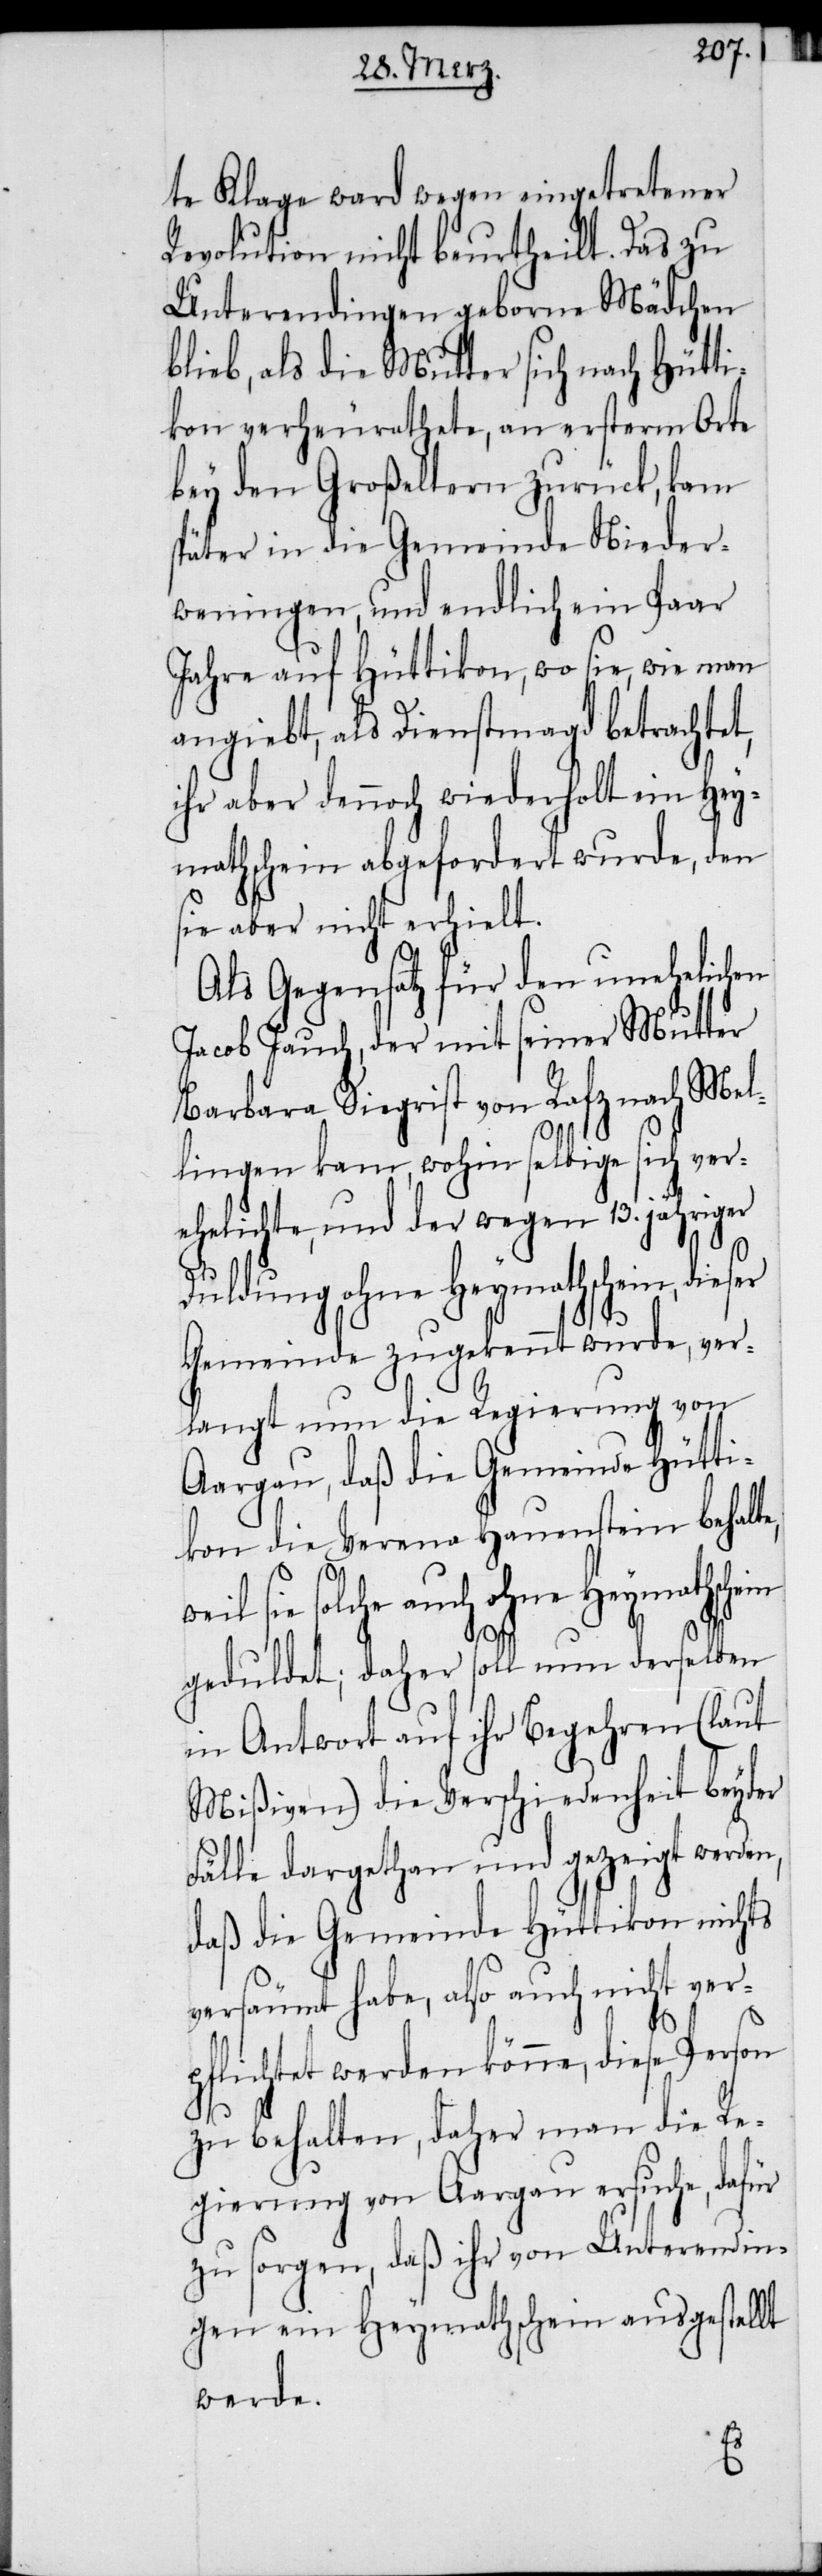
te Klage ward wegen eingetretener
Revolution nicht beurtheilt. Das zu
Unterendingen geborne Mädchen
blieb, als die Mutter sich nach Hütti¬
kon verheurathete, an ersterm Orte
bey den Großeltern zurück, kam
später in die Gemeinde Nieder¬
weningen, und endlich ein Paar
Jahre auf Hüttikon, wo sie, wie man
angiebt, als Dienstmagd betrachtet,
ihr aber dennoch wiederholt ein Hey¬
mathschein abgefordert wurde, den
sie aber nicht erhielt.
Als Gegensatz für den unehelichen
Jacob Jauch, der mit seiner Mutter
Barbara Siegrist von Rafz nach Mel¬
lingen kam, wohin selbige sich ver¬
ehelichte, und der wegen 13. jähriger
Duldung ohne Heymathschein, dieser
Gemeinde zugekennt wurde, ver¬
langt nun die Regierung von
Aargau, daß die Gemeinde Hütti¬
kon die Verena Hauenstein behalt¬
eil sie solche auch ohne Heymathschein
e, w¬
geduldet; daher soll nun derselben
in Antwort auf ihr begehren (laut
Mißiven) die Verschiedenheit beyder
Fälle dargethan und gezeigt werden,
daß die Gemeinde Hüttikon nichts
versäumt habe, also auch nicht ver¬
pflichtet werden könne, diese Person
zu behalten, daher man die Re¬
gierung von Aargau ersuche, dafür
zu sorgen, daß ihr von Unterendin¬
gen ein Heymathschein ausgestellt
werde.